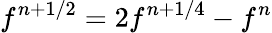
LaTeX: f^{n+1/2}=2f^{n+1/4}-f^{n}